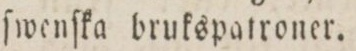
ſwenſka brukspatroner.